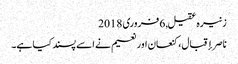
زنیرہ عقیل, ‏6 فروری 2018
ناصر إقبال، کنعان اور نعیم نے اسے پسند کیا ہے۔